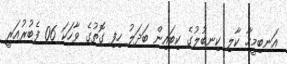
އަނބިމީހާ ކާލި ކިނބުލުގެ ކިބައިން ބަދަލު ހިފި ގޮތުގެ ވާހަކަ 06 ފެބުރުއަރީ